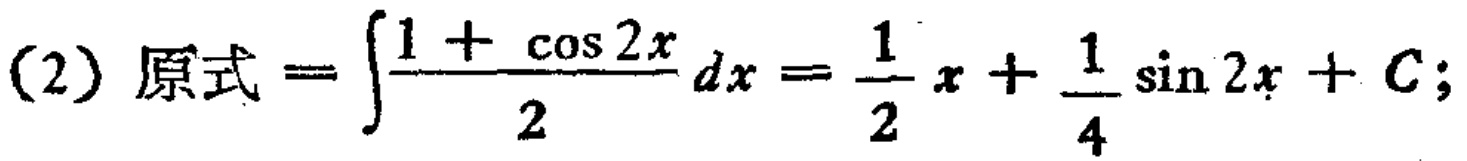
(2) 原式 \(=\int\frac{1 + \cos 2x}{2}dx=\frac{1}{2}x+\frac{1}{4}\sin 2x + C;\)